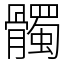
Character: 髑